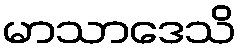
မာသာဒေသိ